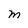
Character: M